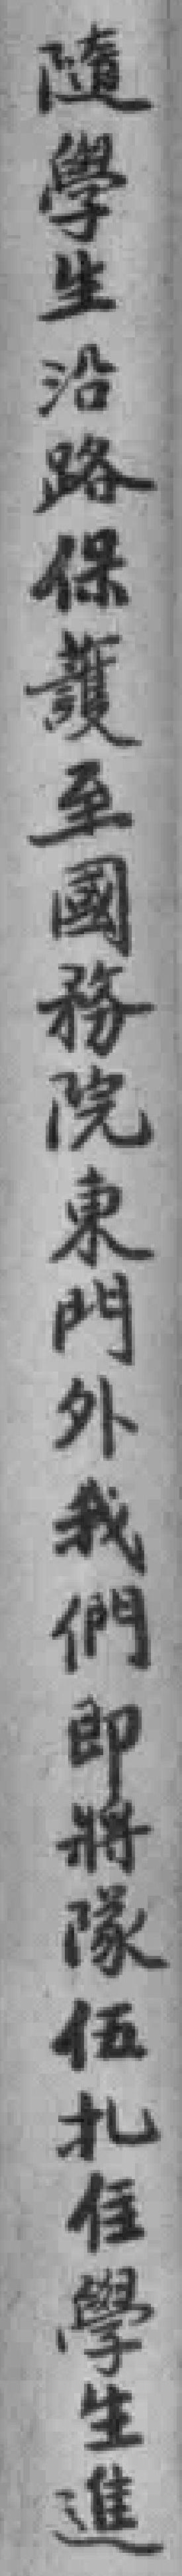
隨學生沿路保護至國務院東門外我們即將隊伍扎住學生進